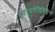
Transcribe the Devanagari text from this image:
स्वरवर्णविशिष्टेन